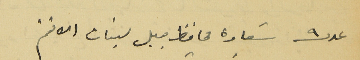
عدد ٩ سَعادة محافظ جبل لبنان الافخم